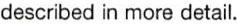
described in more detail.